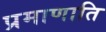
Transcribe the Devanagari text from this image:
प्रमाणाति